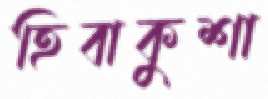
হিবাকুশা